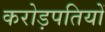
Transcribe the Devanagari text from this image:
करोड़पतियों